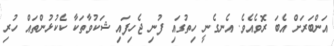
އަންބަރަށް އެބަ ރޮވެއެވެ. އެނގެނީ ހިތުގައި ފުނި ޖެހިފައި ޝަކުވާތަކާ ކެކުޅުންތައް ހުރި